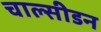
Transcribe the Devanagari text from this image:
चाल्सीडन